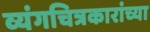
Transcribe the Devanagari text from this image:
व्यंगचित्रकारांच्या